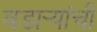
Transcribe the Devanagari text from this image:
वडार्‍यांची